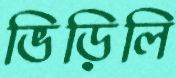
ভিড়িলি